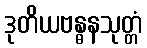
ဒုတိယဗန္ဓနသုတ္တံ